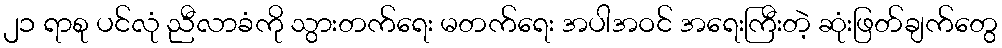
၂၁ ရာစု ပင်လုံ ညီလာခံကို သွားတက်ရေး မတက်ရေး အပါအဝင် အရေးကြီးတဲ့ ဆုံးဖြတ်ချက်တွေ